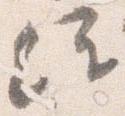
経